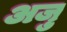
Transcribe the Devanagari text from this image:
अजु